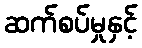
ဆက်စပ်မှုနှင့်